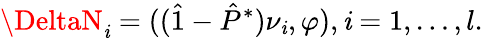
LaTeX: \DeltaN_{\mathit{i}}=((\hat{{1}}-\hat{{P}}^{*})\nu_{\mathit{i}},\varphi),\mathit{i}=1,\ldots,l.